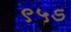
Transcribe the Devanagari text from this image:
९५ऽ